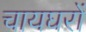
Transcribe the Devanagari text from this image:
चायघरों